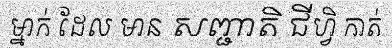
ម្នាក់ ដែល មាន សញ្ជាតិ ជីហ្វិ កាត់